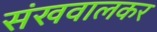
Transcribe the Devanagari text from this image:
संखवालकर